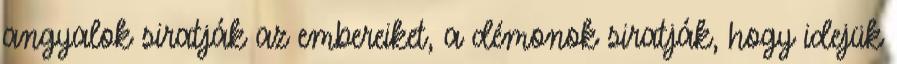
angyalok siratják az embereiket, a démonok siratják, hogy idejük